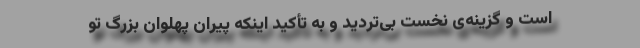
است و گزینه‌ی نخست بی‌تردید و به تأکید اینکه پیران پهلوان بزرگ تو